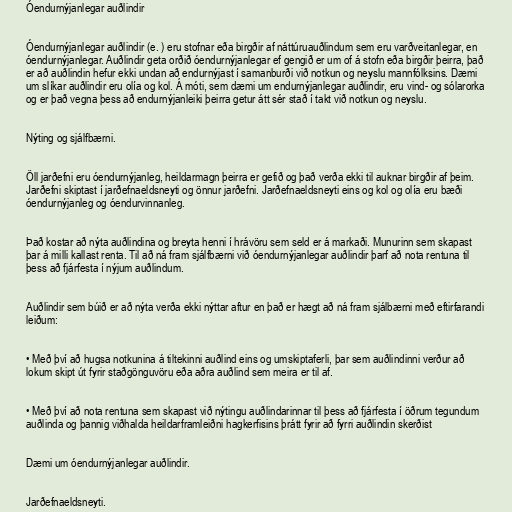
Óendurnýjanlegar auðlindir

Óendurnýjanlegar auðlindir (e. ) eru stofnar eða birgðir af náttúruauðlindum sem eru varðveitanlegar, en
óendurnýjanlegar. Auðlindir geta orðið óendurnýjanlegar ef gengið er um of á stofn eða birgðir þeirra, það
er að auðlindin hefur ekki undan að endurnýjast í samanburði við notkun og neyslu mannfólksins. Dæmi
um slíkar auðlindir eru olía og kol. Á móti, sem dæmi um endurnýjanlegar auðlindir, eru vind- og sólarorka
og er það vegna þess að endurnýjanleiki þeirra getur átt sér stað í takt við notkun og neyslu.

Nýting og sjálfbærni.

Öll jarðefni eru óendurnýjanleg, heildarmagn þeirra er gefið og það verða ekki til auknar birgðir af þeim.
Jarðefni skiptast í jarðefnaeldsneyti og önnur jarðefni. Jarðefnaeldsneyti eins og kol og olía eru bæði
óendurnýjanleg og óendurvinnanleg.

Það kostar að nýta auðlindina og breyta henni í hrávöru sem seld er á markaði. Munurinn sem skapast
þar á milli kallast renta. Til að ná fram sjálfbærni við óendurnýjanlegar auðlindir þarf að nota rentuna til
þess að fjárfesta í nýjum auðlindum.

Auðlindir sem búið er að nýta verða ekki nýttar aftur en það er hægt að ná fram sjálbærni með eftirfarandi
leiðum:

• Með því að hugsa notkunina á tiltekinni auðlind eins og umskiptaferli, þar sem auðlindinni verður að
lokum skipt út fyrir staðgönguvöru eða aðra auðlind sem meira er til af.

• Með því að nota rentuna sem skapast við nýtingu auðlindarinnar til þess að fjárfesta í öðrum tegundum
auðlinda og þannig viðhalda heildarframleiðni hagkerfisins þrátt fyrir að fyrri auðlindin skerðist

Dæmi um óendurnýjanlegar auðlindir.

Jarðefnaeldsneyti.